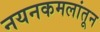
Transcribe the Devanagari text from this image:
नयनकमलांतून